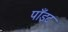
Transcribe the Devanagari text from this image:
पाँइट